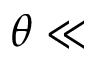
\theta \ll